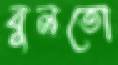
বুলতো